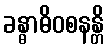
ခန္ဓာဓိဝစနန္တိ